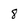
Character: 8